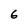
Character: 6